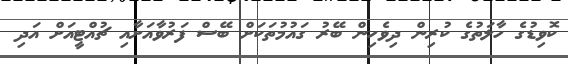
ކޮވިޑުގެ ހާލަތުގެ ކުރިން ދިވެހިން ބޭރު ގައުމުތަކަށް ބޭސް ފަރުވާއަށާއި ޗުއްޓީއަށް އަދި